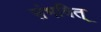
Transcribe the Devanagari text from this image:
संभवित्